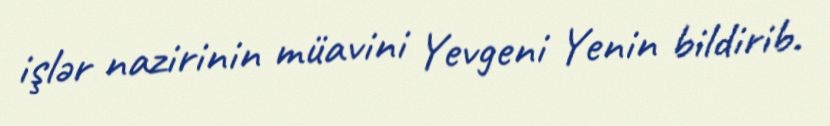
işlər nazirinin müavini Yevgeni Yenin bildirib.